Indian Medical Review
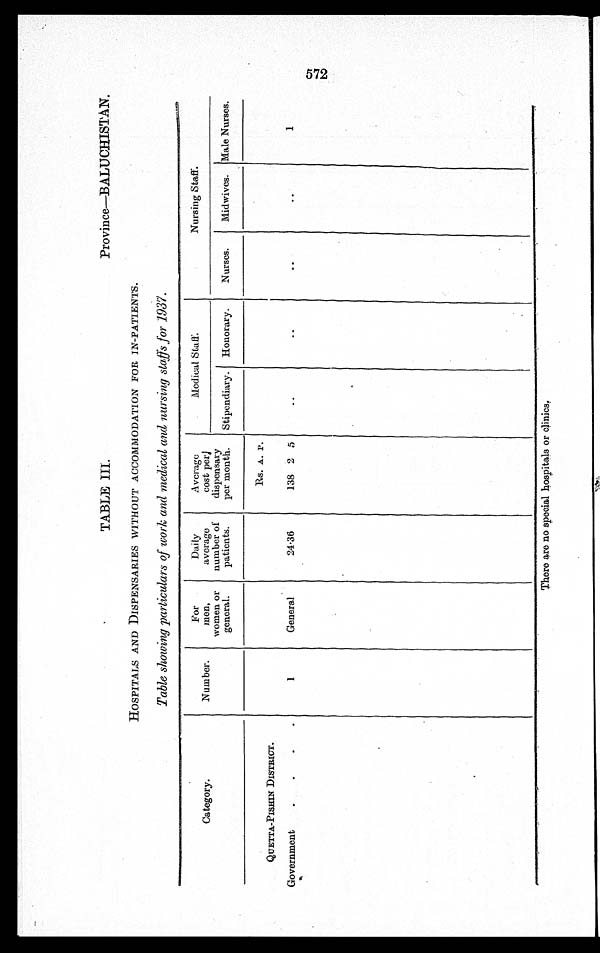
TABLE III.
Province—BALUCHISTAN.
HOSPITALS AND DISPENSARIES WITHOUT ACCOMMODATION FOR IN-PATIENTS.
Table showing particulars of work and medical and nursing staffs for 1937.
Category.
Number.
For
men,
women or
general.
Daily
average
number of
patients.
Average
cost per/
dispensary
per month.
Medical Staff.
Nursing Staff.
Stipendiary. Honorary. Nurses. Midwives. Male Nurses.
Rs. A. P.
QUETTA-PISHIN DISTRICT.
Government
1
General
24.36
138 2 5
1
There are no special hospitals or clinics.